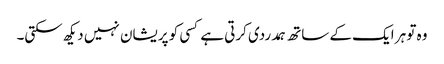
وہ تو ہر ایک کے ساتھ ہمدردی کرتی ہے کسی کو پریشان نہیں دیکھ سکتی۔